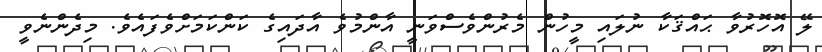
ލޭ އޮހޮރުވާ ޙައްޤަކާ ނުލައި މީހުން މެރުންވެސްވަނީ އާންމުވެ އާދައިގެ ކަންކަމަށްވެފައެވެ. މިދެންނެވީ